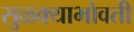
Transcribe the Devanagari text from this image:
सुळक्याभोवती